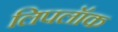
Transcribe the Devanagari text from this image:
लिपलॉक